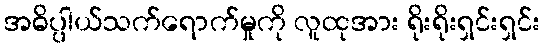
အဓိပ္ပါယ်သက်ရောက်မှုကို လူထုအား ရိုးရိုးရှင်းရှင်း